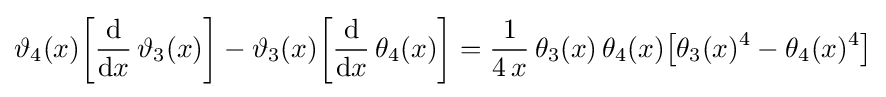
\vartheta _{4}(x){\biggl [}{\frac {\mathrm {d} }{\mathrm {d} x}}\,\vartheta _{3}(x){\biggr ]}-\vartheta _{3}(x){\biggl [}{\frac {\mathrm {d} }{\mathrm {d} x}}\,\theta _{4}(x){\biggr ]}={\frac {1}{4\,x}}\,\theta _{3}(x)\,\theta _{4}(x){\bigl [}\theta _{3}(x)^{4}-\theta _{4}(x)^{4}{\bigr ]}